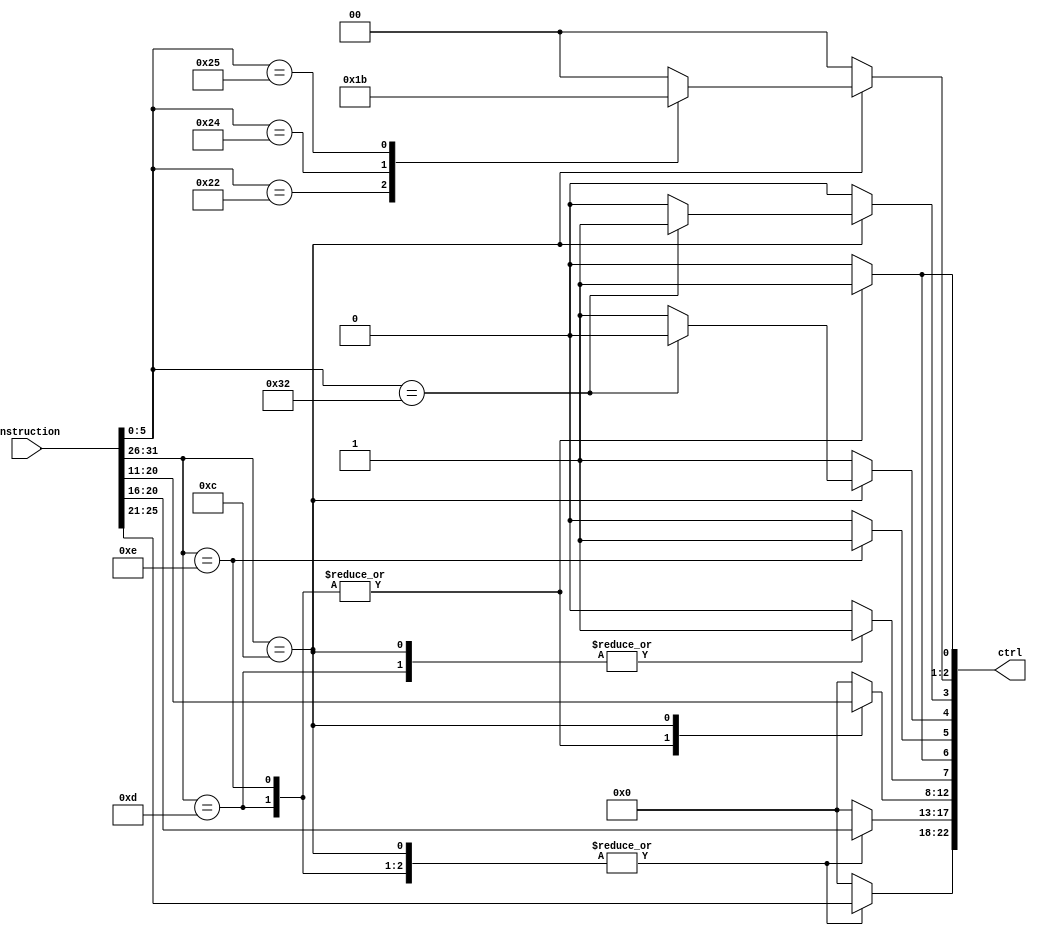
module control(
	input [31:0] instruction,
	output [22:0] ctrl
);

	reg mem_wr;
	reg rf_wr;
	reg [1:0] alu_op;
	reg [4:0] rd;
	reg [4:0] rs;
	reg [4:0] rt;
	reg [5:0] op;
	reg [5:0] opcode;
	reg mux_alu_in;
	reg mux_alu_out;
	reg start;
	reg mux_writeback;

	assign ctrl = {rs, rt, rd, rf_wr, mux_writeback, mem_wr, mux_alu_out, start, alu_op, mux_alu_in};
/*					5	 5	  5	1		 1					 1			1				 1		  2	 	 1            = 23			
   INSTRUES 
		OPCODE	RS			RT			OFFSET
	LW 001101	00000		00000		XXXXXXXXXXXXXXXX
	SW	001110	00000		00000		XXXXXXXXXXXXXXXX
		OPCODE	RS       RT			RD			OP       
  ADD	001100	00000		00000		00000		01010	100000
  SUB 001100	00000		00000		00000		01010	100010
  MUL 001100	00000		00000		00000		01010	110010
  AND	001100	00000		00000		00000		01010	100100
   OR 001100	00000		00000		00000		01010	100101
*/


	always @ (instruction) 
	begin
		opcode = instruction[31:26];
		rs = instruction[25:21];
		rt = instruction[20:16];
		op = instruction[5:0];
		case(opcode)
			5'd13: 				 //LW
			begin 
				alu_op = 2'b0;     //Soma
				rd = rt;           //Rt como destino
				rf_wr = 1;         //Escreve no register file
				mem_wr = 0;        //l da memria
				mux_alu_in = 1;    //Usa extend como entrada
				mux_alu_out = 1; 	 //Usa a saida da alu
				start = 0;         //Desabilita o multiplicador
				mux_writeback = 1; //Seleciona o M para writeback
			end
			5'd14: 				 //SW
			begin 
				alu_op = 2'b0;     //Soma
				rd = rt;           //Rt como destino
				rf_wr = 0;         //No escreve no register file
				mem_wr = 1;        //Escreve na memria
				mux_alu_in = 1;    //Usa extend como entrada
				mux_alu_out = 1;   //Usa a saida da alu
				start = 0;         //Desabilita o multiplicador
				mux_writeback = 1; //Seleciona o M para writeback
			end
			5'd12: 						 //Operao aritmtica
			begin  
				rd = instruction[15:11]; //Rd como destino
				rf_wr = 1;               //Escreve no register file
				mux_alu_in = 0;          //Usa B como entrada
				start = 0;               //Inica o multiplicador desabilitado
				mux_writeback = 0;       //Seleciona o registro D para writeback
				mem_wr = 0;
				case(op)
					6'd32: //Soma 
					begin 
						alu_op = 2'b0;
						mux_alu_out = 1; //Usa a saida da ALU
					end
					6'd34: //Subtrao
					begin
						alu_op = 2'b1;
						mux_alu_out = 1; //Usa a saida da ALU
					end
					6'd50: //Multiplicao
					begin
						alu_op = 2'b0;
						mux_alu_out = 0; //Usa a saida do multiplicador
						start = 1; //Inicia o multiplicador
					end
					6'd36: //AND
					begin
						alu_op = 2'd2;
						mux_alu_out = 1; //Usa a saida da ALU
					end
					6'd37: //OR
					begin
						alu_op = 2'd3;
						mux_alu_out = 1; //Usa a saida da ALU
					end
					default:
					begin
						alu_op = 2'd0;
						mux_alu_out = 1;
					end
				endcase
			end
			default: 
			begin
				rs = 5'b0;
				rt = 5'b0;
				rd = 5'b0;
				rf_wr = 0;
				mux_writeback = 0;
				mem_wr = 0;
				mux_alu_out = 1;
				start = 0;
				alu_op = 0;
				mux_alu_in = 0;
			end 
		endcase
	end

endmodule